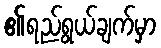
၏ရည်ရွယ်ချက်မှာ